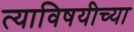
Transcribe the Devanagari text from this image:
त्याविषयीच्या